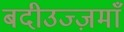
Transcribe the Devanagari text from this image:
बदीउज्ज़माँ